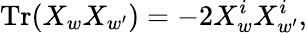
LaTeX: \mathrm{Tr}(X_{w}X_{w^{\prime}})=-2X_{w}^{i}X_{w^{\prime}}^{i},